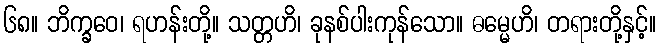
၆၈။ ဘိက္ခဝေ၊ ရဟန်းတို့။ သတ္တဟိ၊ ခုနစ်ပါးကုန်သော။ ဓမ္မေဟိ၊ တရားတို့နှင့်။